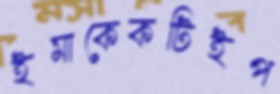
ইমাকেকটিইপ